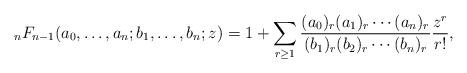
LaTeX: \begin{align*} _nF_{n-1}(a_0,\ldots, a_n; b_1,\ldots, b_{n};z) = 1 + \sum_{r\geq 1} \frac{(a_0)_r(a_1)_r\cdots (a_n)_r}{(b_1)_r(b_2)_r\cdots (b_{n})_r} \frac{z^r}{r!},\end{align*}